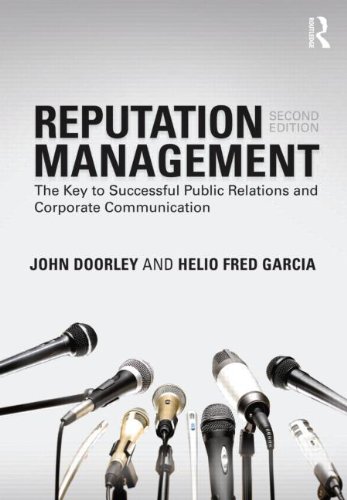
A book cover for Reputation Management: The Key to Successful Public Relations and Corporate Communication; John Doorley; Business & Money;